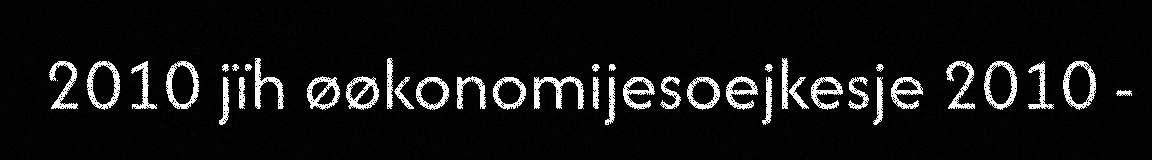
2010 jïh øøkonomijesoejkesje 2010 -